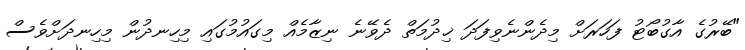
"ބޭރުގެ އާގުބޯޓު ފަހަރަށް މިދެންނެވިފަދަ ޚިދުމަތް ދެވޭނެ ނިޒާމެއް މިގައުމުގައި މިހިނދުން މިހިނދަށްވެސް